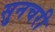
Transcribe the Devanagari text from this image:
सुनचरी